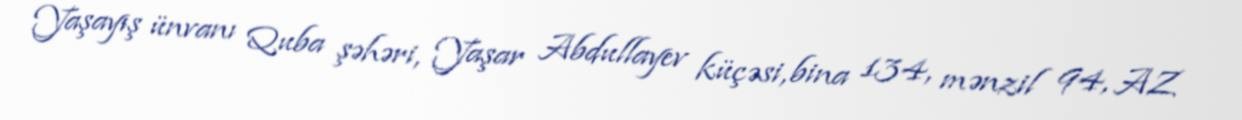
Yaşayış ünvanı Quba şəhəri, Yaşar Abdullayev küçəsi, bina 134, mənzil 94, AZ